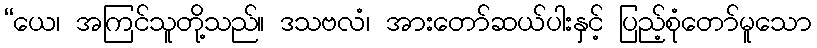
“ယေ၊ အကြင်သူတို့သည်။ ဒသဗလံ၊ အားတော်ဆယ်ပါးနှင့် ပြည့်စုံတော်မူသော